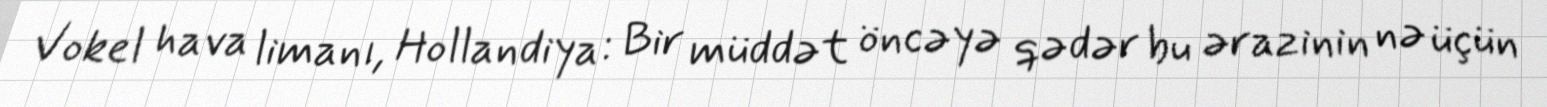
Vokel hava limanı, Hollandiya: Bir müddət öncəyə qədər bu ərazinin nə üçün